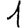
Digit: 1